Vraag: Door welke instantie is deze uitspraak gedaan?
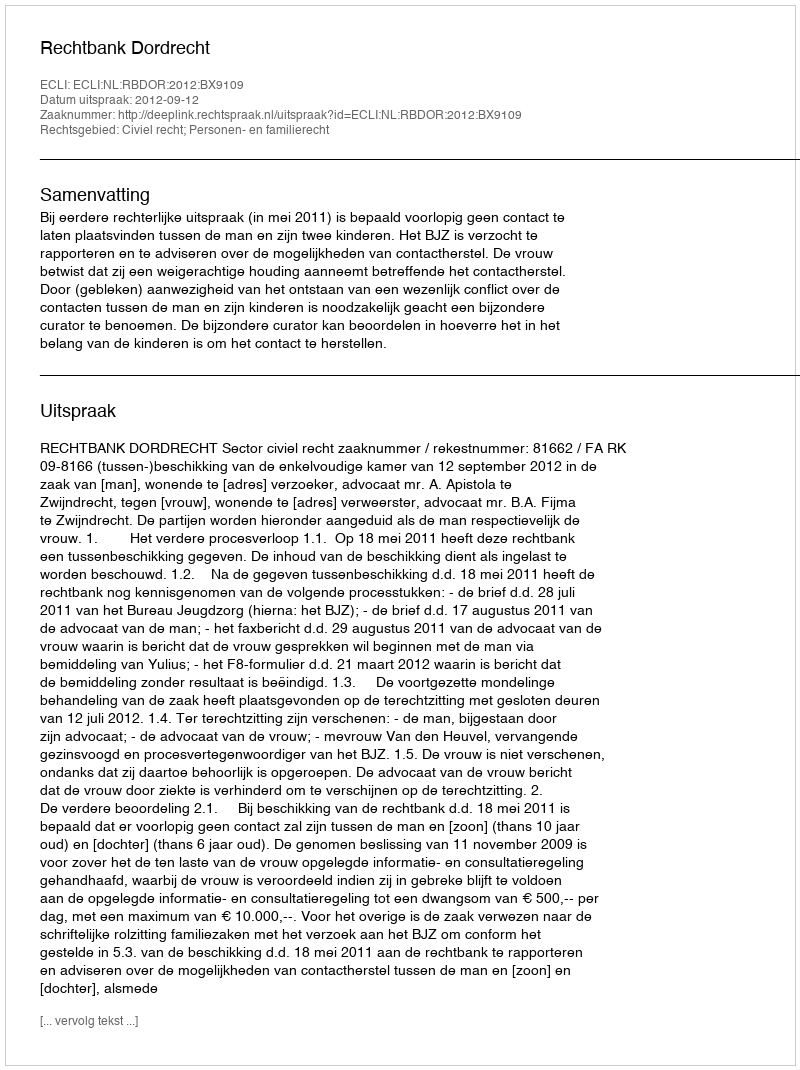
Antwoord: Rechtbank Dordrecht